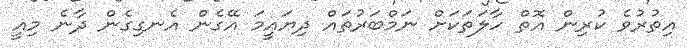
އިތުރުވެ ކުރިން އޮތް ހާލަތަކަށް ނަމްބަރުތައް ދިޔައީމަ އޭގެން އެނގިގެން ދާނެ މިއީ